Civil Veterinary Department. United Provinces 1923-31 - 1923-1931
Year: 1923
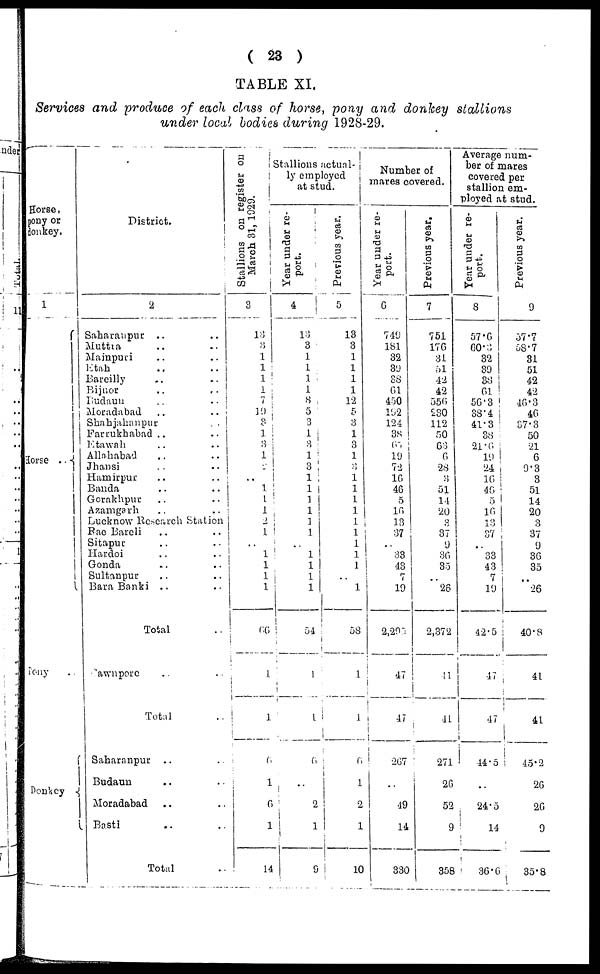
( 23 )
TABLE XI.
Services and produce of each class of horse, pony and donkey stallions
under local bodies during 1928-29.
Horse,
pony or
donkey.
1
Horse ..
Pony ..
Donkey
District.
2
Saharanpur .. ..
Muttra .. ..
Mainpuri .. ..
Etah .. ..
Bareilly .. ..
Bijnor .. ..
Budaun .. ..
Moradabad .. ..
Shahjahanpur ..
Farrukhabad .. ..
Etawah .. ..
Allahabad .. ..
Jhansi .. ..
Hamirpur .. ..
Banda .. ..
Gorakhpur .. ..
Azamgarh .. ..
Lucknow Research Station
Rae Bareli .. ..
Sitapur .. ..
Hardoi .. ..
Gonda .. ..
Sultanpur .. ..
Bara Banki .. ..
Total ..
Cawnpore .. ..
Total ..
Saharanpur .. ..
Budaun .. ..
Moradabad .. ..
Basti .. ..
Total ..
Stallions on register on
March 31, 1029.
3
13
3
1
1
1
1
7
19 3
1
3
1
2
..
1
1
1
2
1
..
1
1
1
1
66
1
1
6
1
6
1
14
Stallions
actual-
ly employed
at stud.
Year under re-
port.
4
13
3
1
1
1
1
8
5 3
1
3
1
3
1
1
1
1
1
1
..
1
1
1
1
54
1
1
6
..
2
1
9
Previous year.
5
13
3
1
1
1
1
12
5
3
1
3
1
3
1
1
1
1
1
1
1
1
1
..
1
58
1
1
6
1
2
1
10
Number of
mares covered.
Year under re-
port.
6
749
181
32
39
38
61
450
192
124
38
65
19
72
16
46
5
16
13
37
..
33
43
7
19
2,293
47
47
267
..
49
14
330
Previous year,
7
751
176
31
51
42
42
556
230 112
50
63
6
28
3
51
14
20
8
37
9
36
35
..
26
2,372
41
41
271
2
52
9
358
Average num-
ber of mares
covered per
stallion em-
ployed at stud.
Year under re-
port.
8
57.6
60.3
32
39
38
61
56.3
38.4
41.3
38
21.6
19
24
16
46
5
16
..
37
..
33
43
7
19
42.5
47
47
44.5
..
24.5
14
36.6
Previous year.
9
57.7
58.7
31
51
42
42
46.3
46
37.3
50
21
6
9.3
3
51
14
20
3
37
9
36
35
..
26
40.8
41
41
45.2
26
26
9
35.8